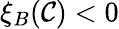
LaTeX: \xi_{B}(\mathcal{C})<0